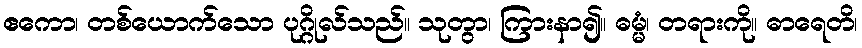
ဧကော၊ တစ်ယောက်သော ပုဂ္ဂိုလ်သည်။ သုတွာ၊ ကြားနာ၍။ ဓမ္မံ၊ တရားကို။ ဓာရေတိ၊